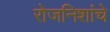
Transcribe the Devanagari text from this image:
रोजनिशांचे